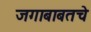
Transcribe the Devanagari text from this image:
जगाबाबतचे